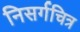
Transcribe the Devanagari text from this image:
निसर्गचित्र